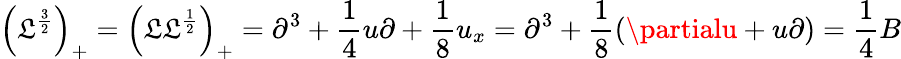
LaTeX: \left(\mathfrak{L}^{\frac{{3}}{{2}}}\right)_{+}=\left(\mathfrak{L}\mathfrak{L}^{\frac{{1}}{{2}}}\right)_{+}=\partial^{3}+{\frac{{1}}{{4}}}u\partial+{\frac{{1}}{{8}}}u_{x}=\partial^{3}+{\frac{{1}}{{8}}}(\partialu+u\partial)={\frac{{1}}{{4}}}B